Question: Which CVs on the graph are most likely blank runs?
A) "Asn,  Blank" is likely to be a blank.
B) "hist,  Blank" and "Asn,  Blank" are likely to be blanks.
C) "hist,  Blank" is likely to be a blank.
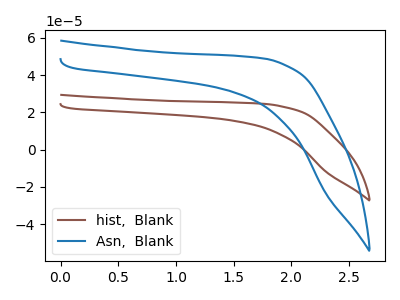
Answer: <think>The brown curve "hist,  Blank" has no peaks. The blue curve "Asn,  Blank" has no peaks.</think>
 <answer>B) "hist,  Blank" and "Asn,  Blank" are likely to be blanks.</answer>
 <eval>B</eval>